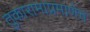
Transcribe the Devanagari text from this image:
तुकारामाप्रमाणेच